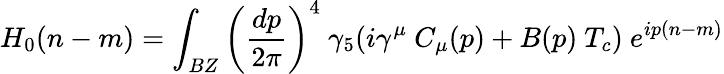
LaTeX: H_{0}(n-m)=\int_{BZ}\left({\frac{dp}{2\pi}}\right)^{4}\ \gamma_{5}(i\gamma^{\mu}\ C_{\mu}(p)+B(p)\ T_{c})\ e^{ip(n-m)}